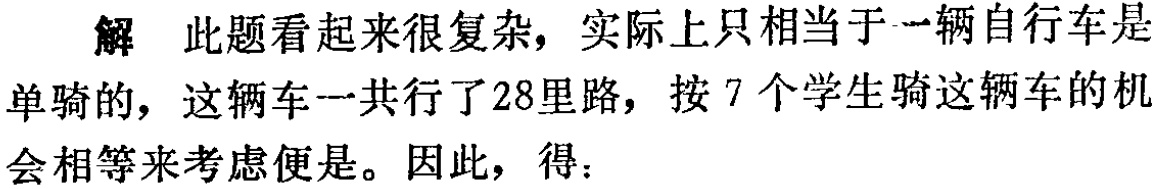
解 此题看起来很复杂，实际上只相当于一辆自行车是单骑的，这辆车一共行了28里路，按7个学生骑这辆车的机会相等来考虑便是。因此，得：